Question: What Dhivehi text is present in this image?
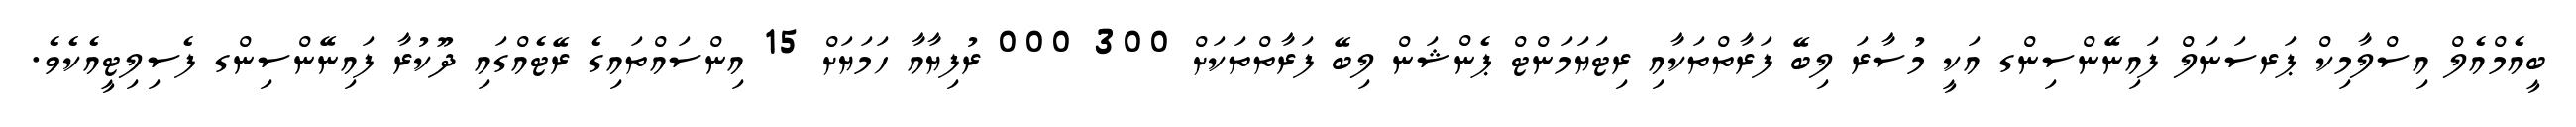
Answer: ބީއެމްއެލް އިސްލާމިކް ޕަރސަނަލް ފައިނޭންސިންގ އަކީ މުސާރަ ލިބޭ ފަރާތްތަކާއި ރިޓަޔަމަންޓް ޕެންޝަން ލިބޭ ފަރާތްތަކަށް 300 000 ރުފިޔާއާ ހަމަޔަށް 15 އިންސައްތައިގެ ރޭޓެއްގައި ދޫކުރާ ފައިނޭންސިންގ ފެސިލިޓީއެކެވެ.